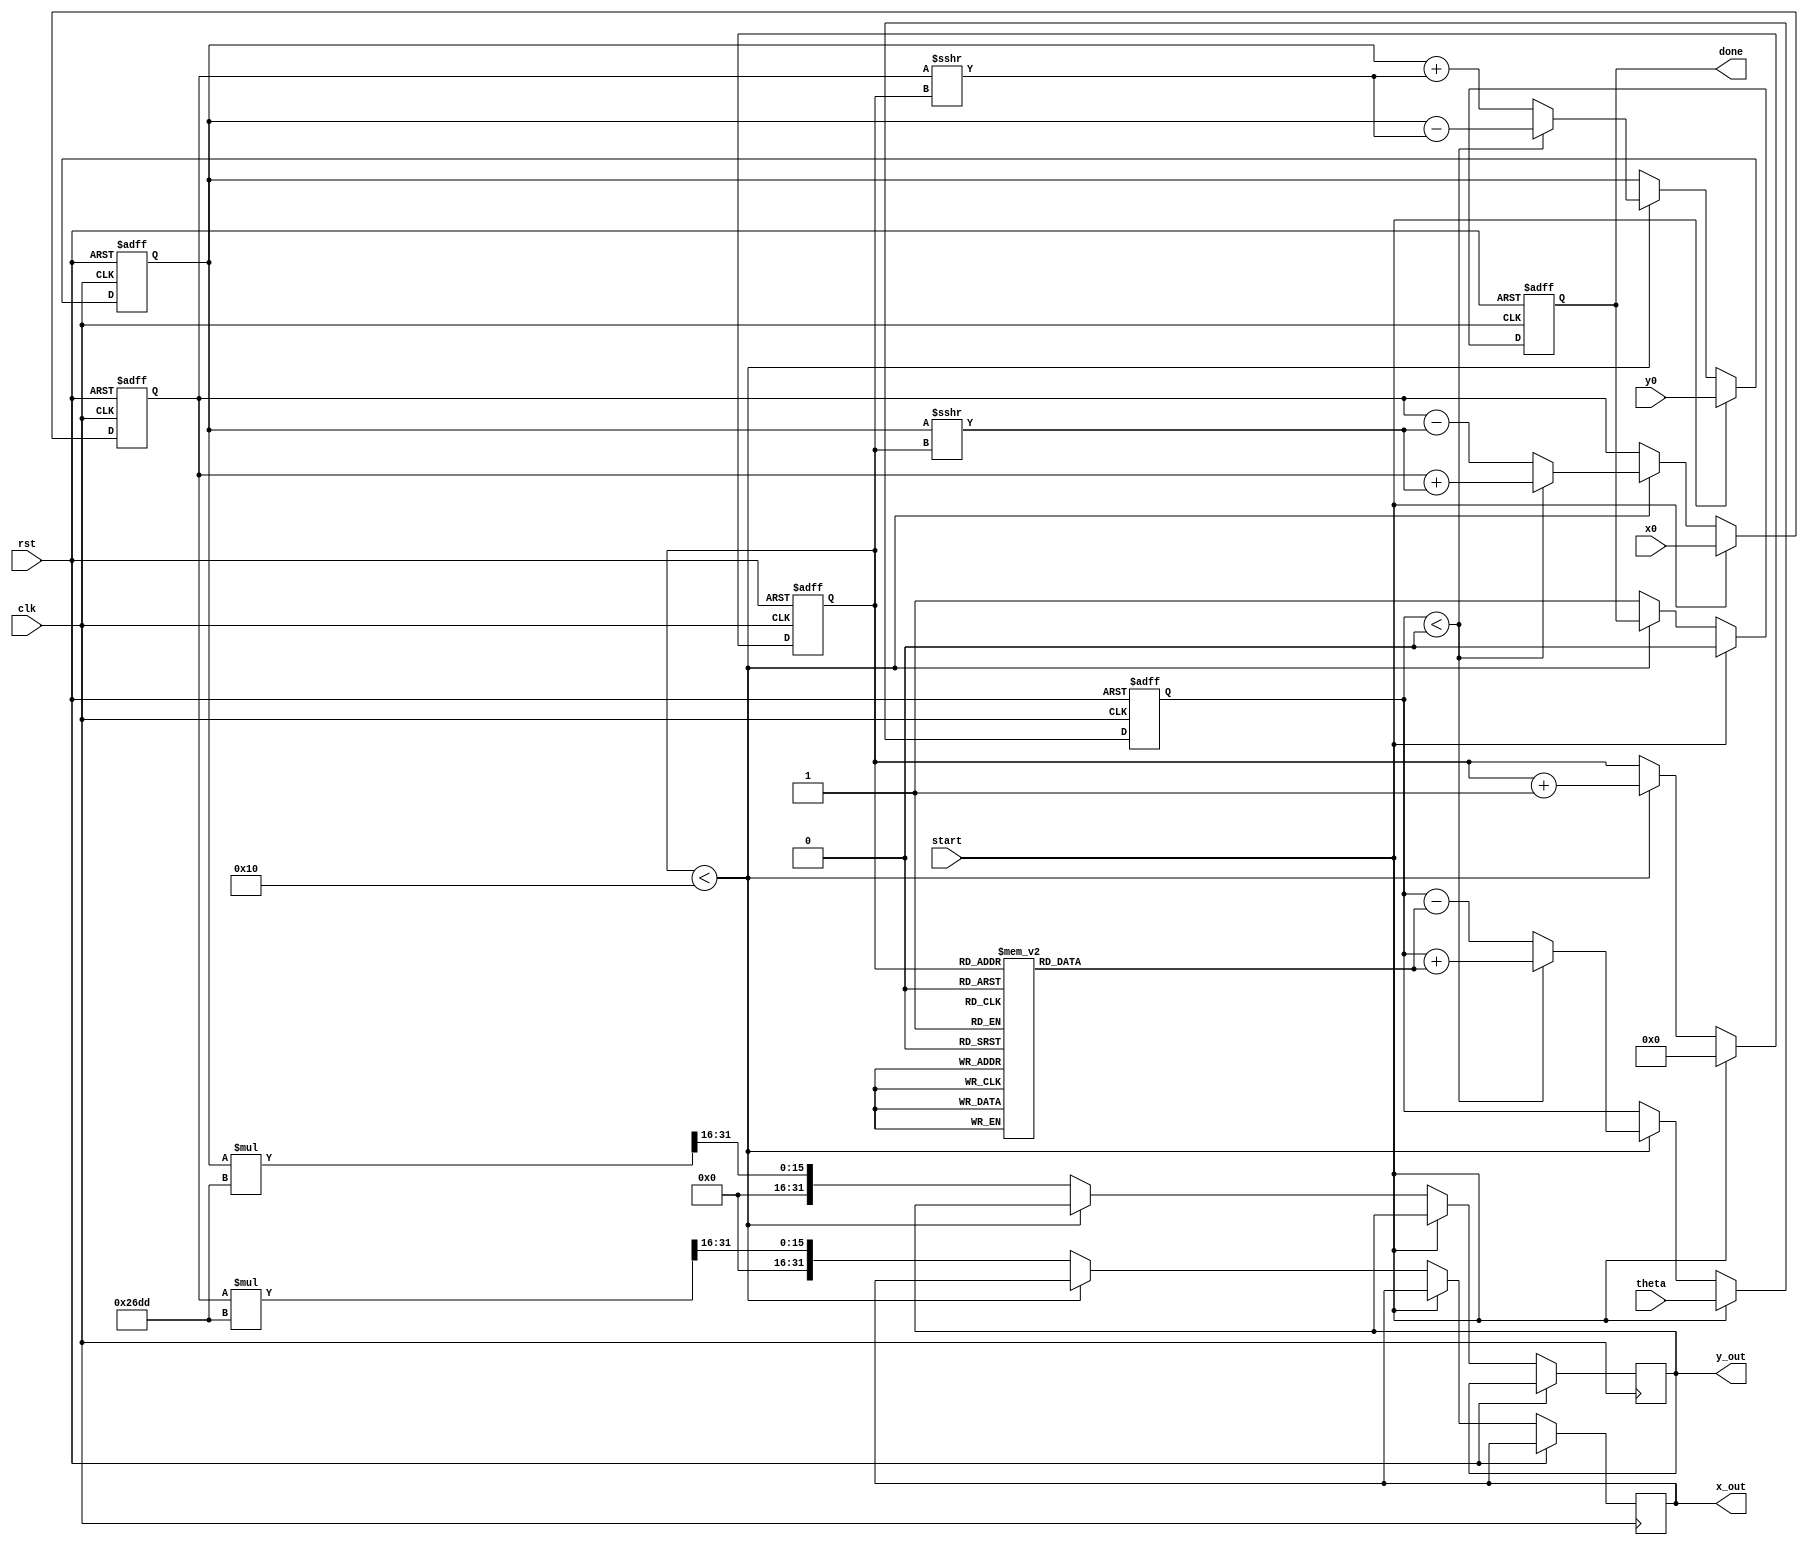
module cordic (
    input wire clk,
    input wire rst,
    input wire start,
    input wire signed [31:0] theta,  // Input angle in radians (32-bit signed)
    input wire signed [31:0] x0,      // Initial X coordinate (32-bit signed)
    input wire signed [31:0] y0,      // Initial Y coordinate (32-bit signed)
    output reg signed [31:0] x_out,   // Resulting X coordinate (32-bit signed)
    output reg signed [31:0] y_out,   // Resulting Y coordinate (32-bit signed)
    output reg done                   // Indicates completion of computation
);

    // CORDIC parameters
    parameter NUM_ITERATIONS = 16; // Number of iterations
    parameter FIXED_SCALE_FACTOR = 32'h26DD; // Scaling factor (fixed-point representation)

    // Internal registers
    reg signed [31:0] x_reg, y_reg, z_reg;
    reg [3:0] iteration_count; // 4 bits to count iterations (0 to 15)
    reg [NUM_ITERATIONS-1:0] angle_table [0:NUM_ITERATIONS-1]; // Lookup table for arctan(2^-i)

    // Initialize angle table (arctan(2^-i) in fixed-point representation)
    initial begin
        angle_table[0] = 32'h20000000; // atan(1) = 45 degrees
        angle_table[1] = 32'h14000000; // atan(0.5)
        angle_table[2] = 32'h0A000000; // atan(0.25)
        angle_table[3] = 32'h05000000; // atan(0.125)
        angle_table[4] = 32'h02800000; // atan(0.0625)
        angle_table[5] = 32'h01400000; // atan(0.03125)
        angle_table[6] = 32'h00A00000; // atan(0.015625)
        angle_table[7] = 32'h00500000; // atan(0.0078125)
        angle_table[8] = 32'h00280000; // atan(0.00390625)
        angle_table[9] = 32'h00140000; // atan(0.001953125)
        angle_table[10] = 32'h000A0000; // atan(0.0009765625)
        angle_table[11] = 32'h00050000; // atan(0.00048828125)
        angle_table[12] = 32'h00028000; // atan(0.000244140625)
        angle_table[13] = 32'h00014000; // atan(0.0001220703125)
        angle_table[14] = 32'h0000A000; // atan(0.00006103515625)
        angle_table[15] = 32'h00005000; // atan(0.000030517578125)
    end

    // State machine for CORDIC operation
    always @(posedge clk or posedge rst) begin
        if (rst) begin
            x_reg <= 0;
            y_reg <= 0;
            z_reg <= 0;
            iteration_count <= 0;
            done <= 0;
        end else if (start) begin
            // Initialize registers
            x_reg <= x0;
            y_reg <= y0;
            z_reg <= theta;
            iteration_count <= 0;
            done <= 0;
        end else if (iteration_count < NUM_ITERATIONS) begin
            // CORDIC iteration
            if (z_reg < 0) begin
                // Rotate clockwise
                x_reg <= x_reg + (y_reg >>> iteration_count);
                y_reg <= y_reg - (x_reg >>> iteration_count);
                z_reg <= z_reg + angle_table[iteration_count];
            end else begin
                // Rotate counterclockwise
                x_reg <= x_reg - (y_reg >>> iteration_count);
                y_reg <= y_reg + (x_reg >>> iteration_count);
                z_reg <= z_reg - angle_table[iteration_count];
            end
            iteration_count <= iteration_count + 1;
        end else begin
            // Final scaling and output
            x_out <= x_reg * FIXED_SCALE_FACTOR >>> 16; // Scale output
            y_out <= y_reg * FIXED_SCALE_FACTOR >>> 16; // Scale output
            done <= 1; // Indicate completion
        end
    end
endmodule